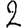
Digit: 2